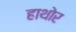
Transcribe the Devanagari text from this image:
हाथोर